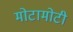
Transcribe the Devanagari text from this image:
मोटामोटी